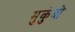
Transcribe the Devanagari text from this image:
मुकुंदो